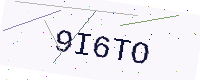
Text: 9I6TO